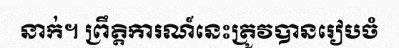
នាក់។ ព្រឹត្តិការណ៍នេះត្រូវបានរៀបចំ